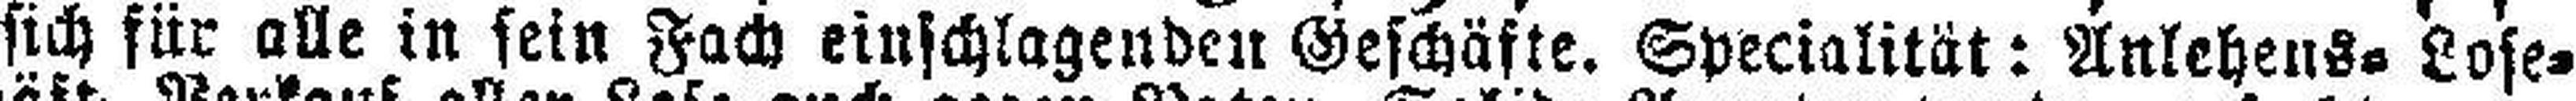
sich für alle in sein Fach einschlagenden Geschäfte. Specialität: Anlehens=Lose¬